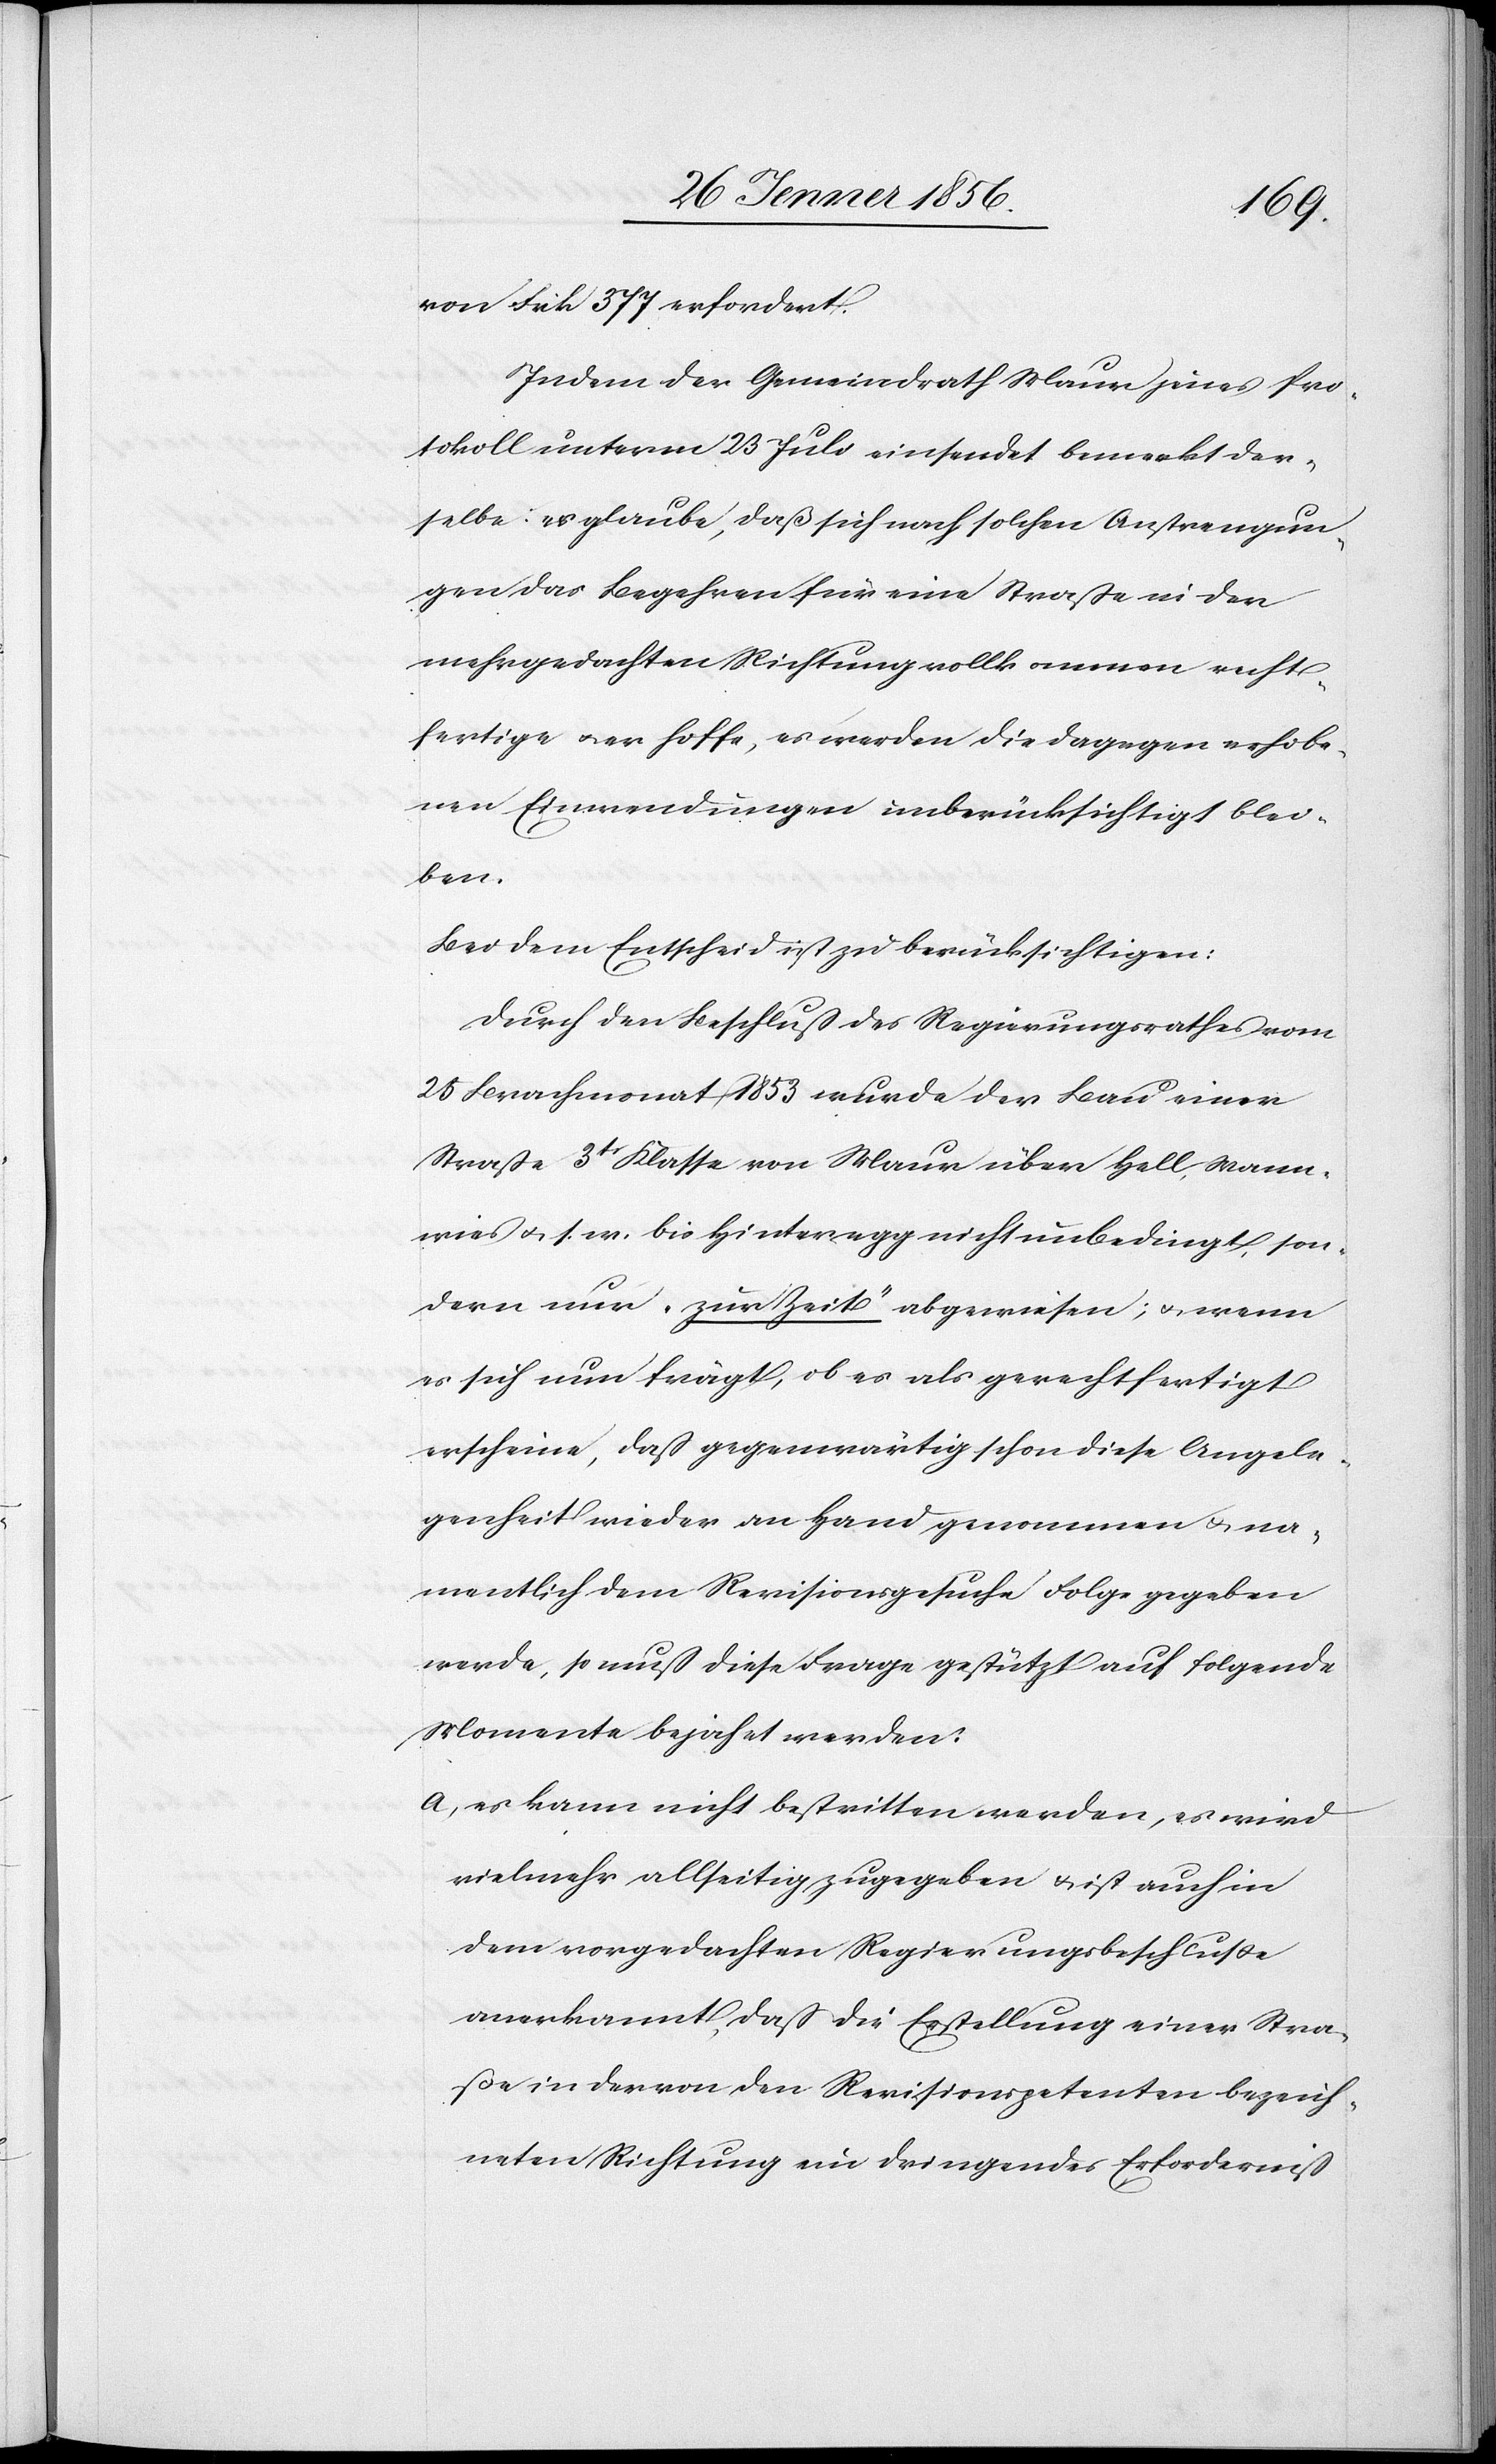
von Frk 377 erfordert.
Indem der Gemeindrath Maur jenes Pro¬
tokoll unterm 23 Juli einsendet bemerkt der¬
selbe: er glaube, daß sich nach solchen Anstrengun¬
gen das Begehren für eine Straße in der
mehrgedachten Richtung vollkommen recht¬
fertige u. er hoffe, es werden die dagegen erhobe¬
nen Einwendungen unberücksichtigt blei¬
ben.
Bei dem Entscheid ist zu berücksichtigen:
Durch den Beschluß des Regierungsrathes vom
25 Brachmonat 1853 wurde der Bau einer
Straße 3tr Klasse von Maur über Hell, Wann¬
wies u. s. w. bis Hinteregg nicht unbedingt, son¬
dern nur „zur Zeit“ abgewiesen; u. wenn
es sich nun frägt, ob es als gerechtfertigt
erscheine, daß gegenwärtig schon diese Angele¬
genheit wieder an Hand genommen u. na¬
mentlich dem Revisionsgesuche Folge gegeben
werde, so muß diese Frage gestützt auf folgende
Momente bejahet werden:
a, es kann nicht bestritten werden, es wird
vielmehr allseitig zugegeben u. ist auch in
dem vorgedachten Regierungsbeschluße
anerkannt, daß die Erstellung einer Stra¬
ße in der von den Revisionspetenten bezeich¬
neten Richtung ein dringendes Erforderniß